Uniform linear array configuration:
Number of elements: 24
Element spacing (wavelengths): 1
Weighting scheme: binomial
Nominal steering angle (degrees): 15
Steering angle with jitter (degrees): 15.778
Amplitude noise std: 0.05
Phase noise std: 0.05

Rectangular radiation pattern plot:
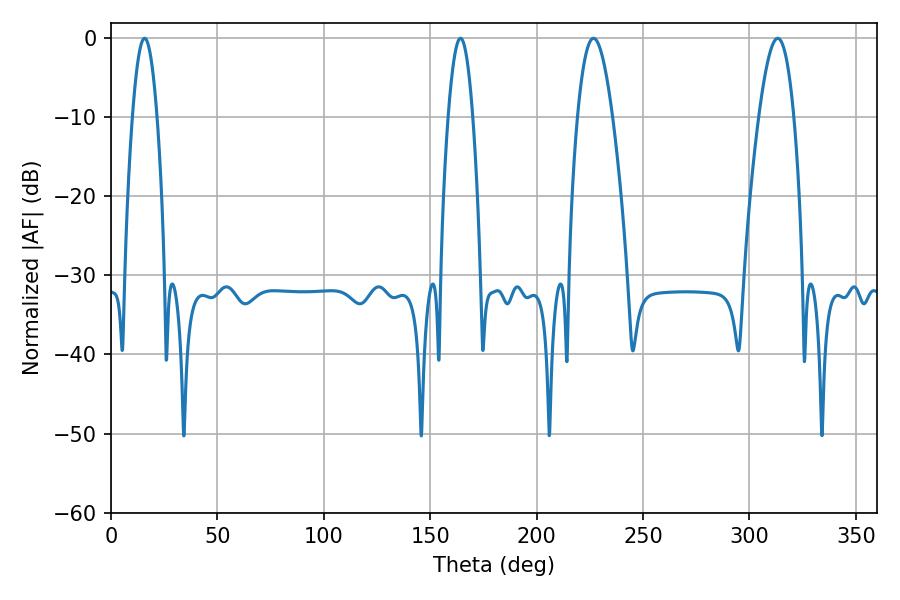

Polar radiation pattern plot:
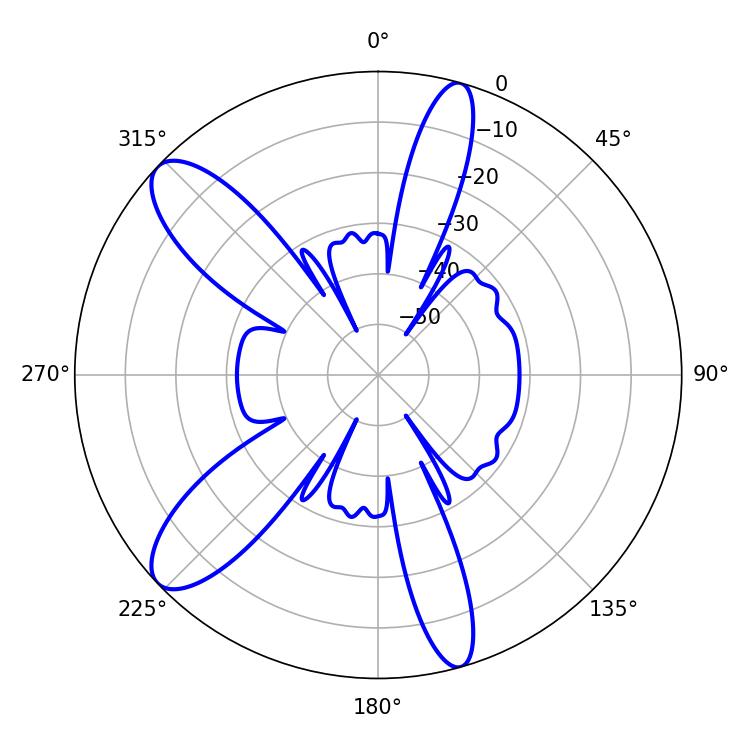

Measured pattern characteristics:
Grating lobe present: TRUE
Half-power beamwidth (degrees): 9
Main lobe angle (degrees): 226.8